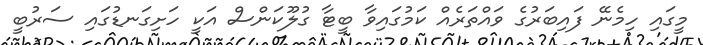
މީގައި ހިމެނޭ ފަައިބަރުގެ ވައްތަރެއް ކަމުގައިވާ ބީޓާ ގުލޫކަންސް އަކީ ހަށިގަނޑުގައި ސަރުބީ